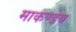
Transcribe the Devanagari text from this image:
माकण्डेय